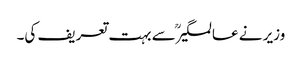
وزیر نے عالمگیرؒ سے بہت تعریف کی۔